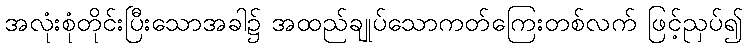
အလုံးစုံတိုင်းပြီးသောအခါ၌ အထည်ချုပ်သောကတ်ကြေးတစ်လက် ဖြင့်ညှပ်၍